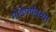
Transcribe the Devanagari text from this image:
मोडेपर्यंतच्या